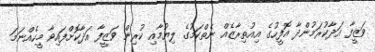
ވަޒީފާ އަދާކުރަމުންދާ އޮފީހުގެ އިއުތިރާޒެއް ނެތްކަމުގެ ލިޔުމާއި ކުރިން ވަޒީފާ އަދާކޮށްފައިވާ މީހެއްނަމަ